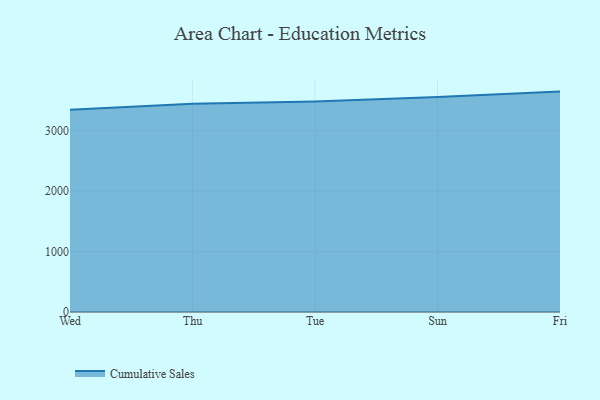
{"axis": {"x": "Day", "y": "Gross Profit (USD K)"}, "legend": ["Cumulative Sales"], "data": [{"x": "Wed", "y": 3346.7, "type": "Cumulative Sales"}, {"x": "Thu", "y": 3445.3, "type": "Cumulative Sales"}, {"x": "Tue", "y": 3486.3, "type": "Cumulative Sales"}, {"x": "Sun", "y": 3557.4, "type": "Cumulative Sales"}, {"x": "Fri", "y": 3648.2, "type": "Cumulative Sales"}]}